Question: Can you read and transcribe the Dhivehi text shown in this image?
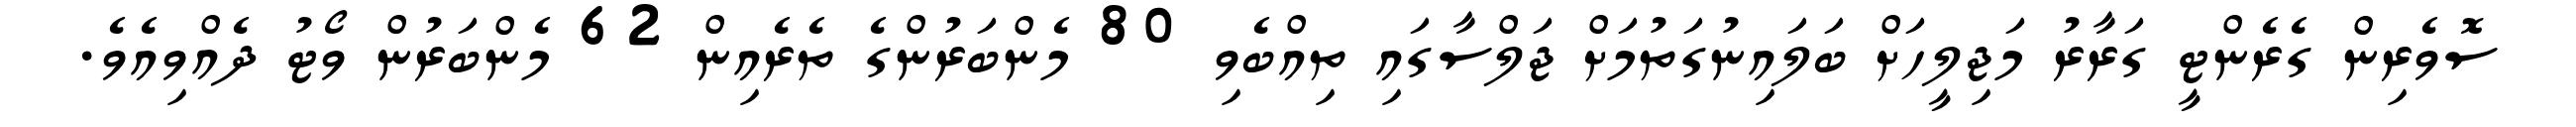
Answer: ސޮވެރިން ގެރެންޓީ ގަރާރު މަޖިލީހަށް ބަލައިނުގަތުމަށް ޖަލްސާގައި ތިއްބެވި 80 މެންބަރުންގެ ތެރެއިން 62 މެންބަރުން ވޯޓު ދެއްވިއެވެ.